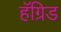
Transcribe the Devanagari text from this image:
हॅग्रिड